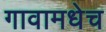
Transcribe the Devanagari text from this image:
गावामधेच